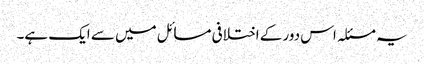
یہ مسئلہ اس دور کے اختلافی مسائل میں سے ایک ہے۔